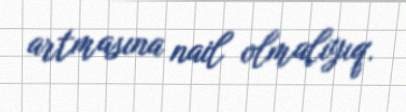
artmasına nail olmalıyıq.